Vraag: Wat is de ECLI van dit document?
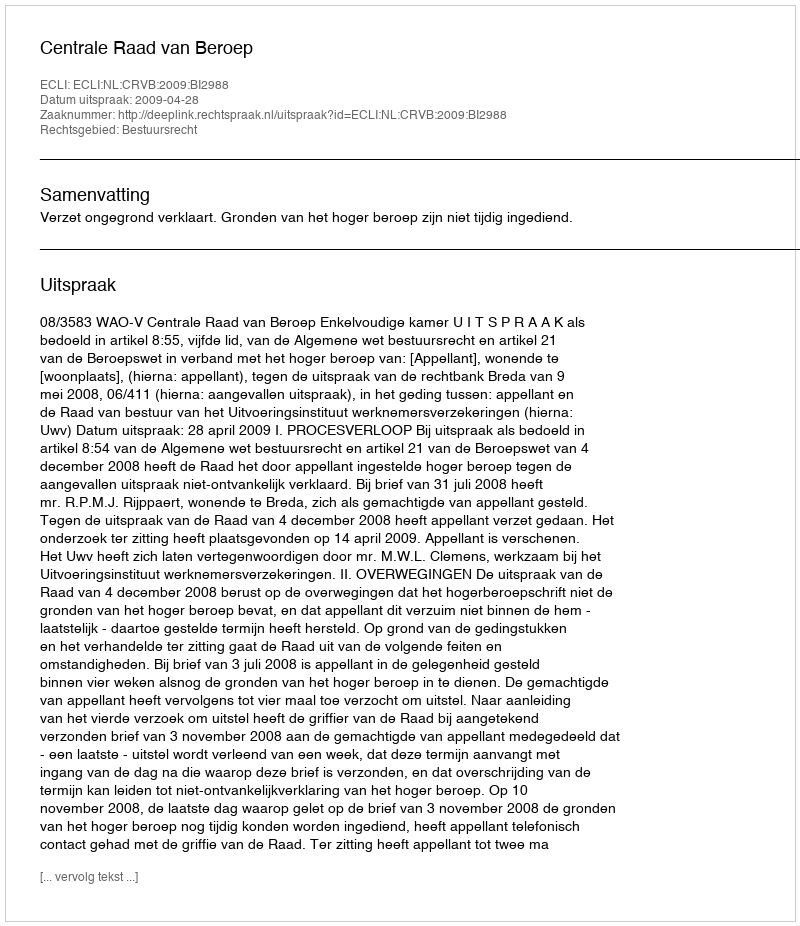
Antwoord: ECLI:NL:CRVB:2009:BI2988